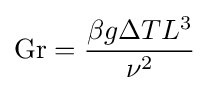
\mathrm {Gr} ={\frac {\beta g\Delta TL^{3}}{\nu ^{2}}}